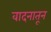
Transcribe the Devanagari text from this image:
वादनातून